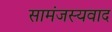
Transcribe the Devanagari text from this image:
सामंजस्यवाद